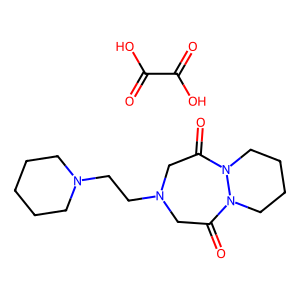
SMILES: O=C(O)C(=O)O.O=C1CN(CCN2CCCCC2)CC(=O)N2CCCCN12
Inhibits HIV replication: No